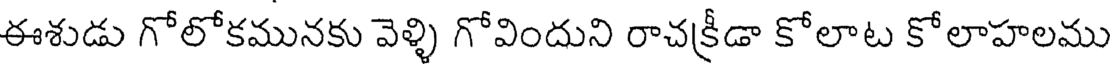
ఈశుడు గోలోకమునకు వెళ్ళి గోవిందుని రాచక్రీడా కోలాట కోలాహలము